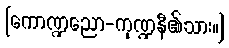
[ကောဏ္ဍညော-ကုဏ္ဍနီ၏သား။]